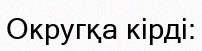
Округқа кірді: